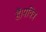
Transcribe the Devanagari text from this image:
हैं।पवित्र